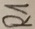
Text: R1